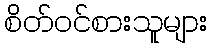
စိတ်ဝင်စားသူများ